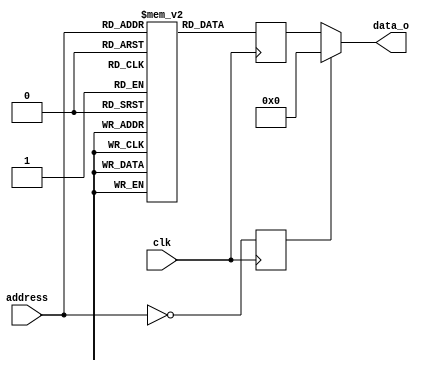
module rom(
	input wire clk,
	input wire[$clog2(m)-1:0] address,
	output wire[n-1:0] data_o
);
parameter n = 8;
parameter m = 512;
parameter content_size = m;
parameter [0:n*m-1] data = 0;
localparam offset = m - content_size;

reg [n-1:0] rom [0:m-1];
genvar i;
generate
	for (i=1; i<content_size; i=i+1) begin
		initial rom[i] = data[n*(i+offset):n*(i+1+offset)-1];
	end
endgenerate

// separate register for address 0, which cannot be initialized in HW
reg [n-1:0] rom0;
initial rom0 = data[n*(offset):n*(1+offset)-1];

reg [n-1:0] brout;	// Block RAM output
reg az;			// Address Zero
assign data_o = az ? rom0 : brout;

// Data output
always @(posedge clk)
begin
	brout <= rom[address];
	az <= (address == 0);
end

endmodule